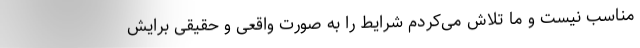
مناسب نیست و ما تلاش می‌کردم شرایط را به صورت واقعی و حقیقی برایش